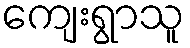
ကျေးရွာသူ